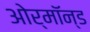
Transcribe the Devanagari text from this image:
ओर्मॉन्ड